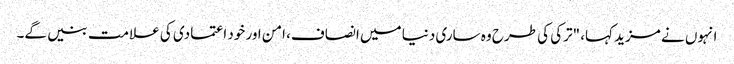
انہوں نے مزید کہا، "ترکی کی طرح وہ ساری دنیا میں انصاف، امن اور خود اعتمادی کی علامت بنیں گے۔